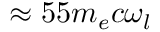
\approx 5 5 m _ { e } c \omega _ { l }